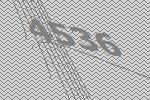
4536